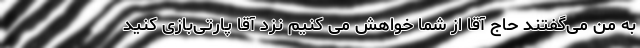
به من می‌گفتند حاج آقا از شما خواهش می کنیم نزد آقا پارتی‌بازی کنید